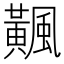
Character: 𩙁